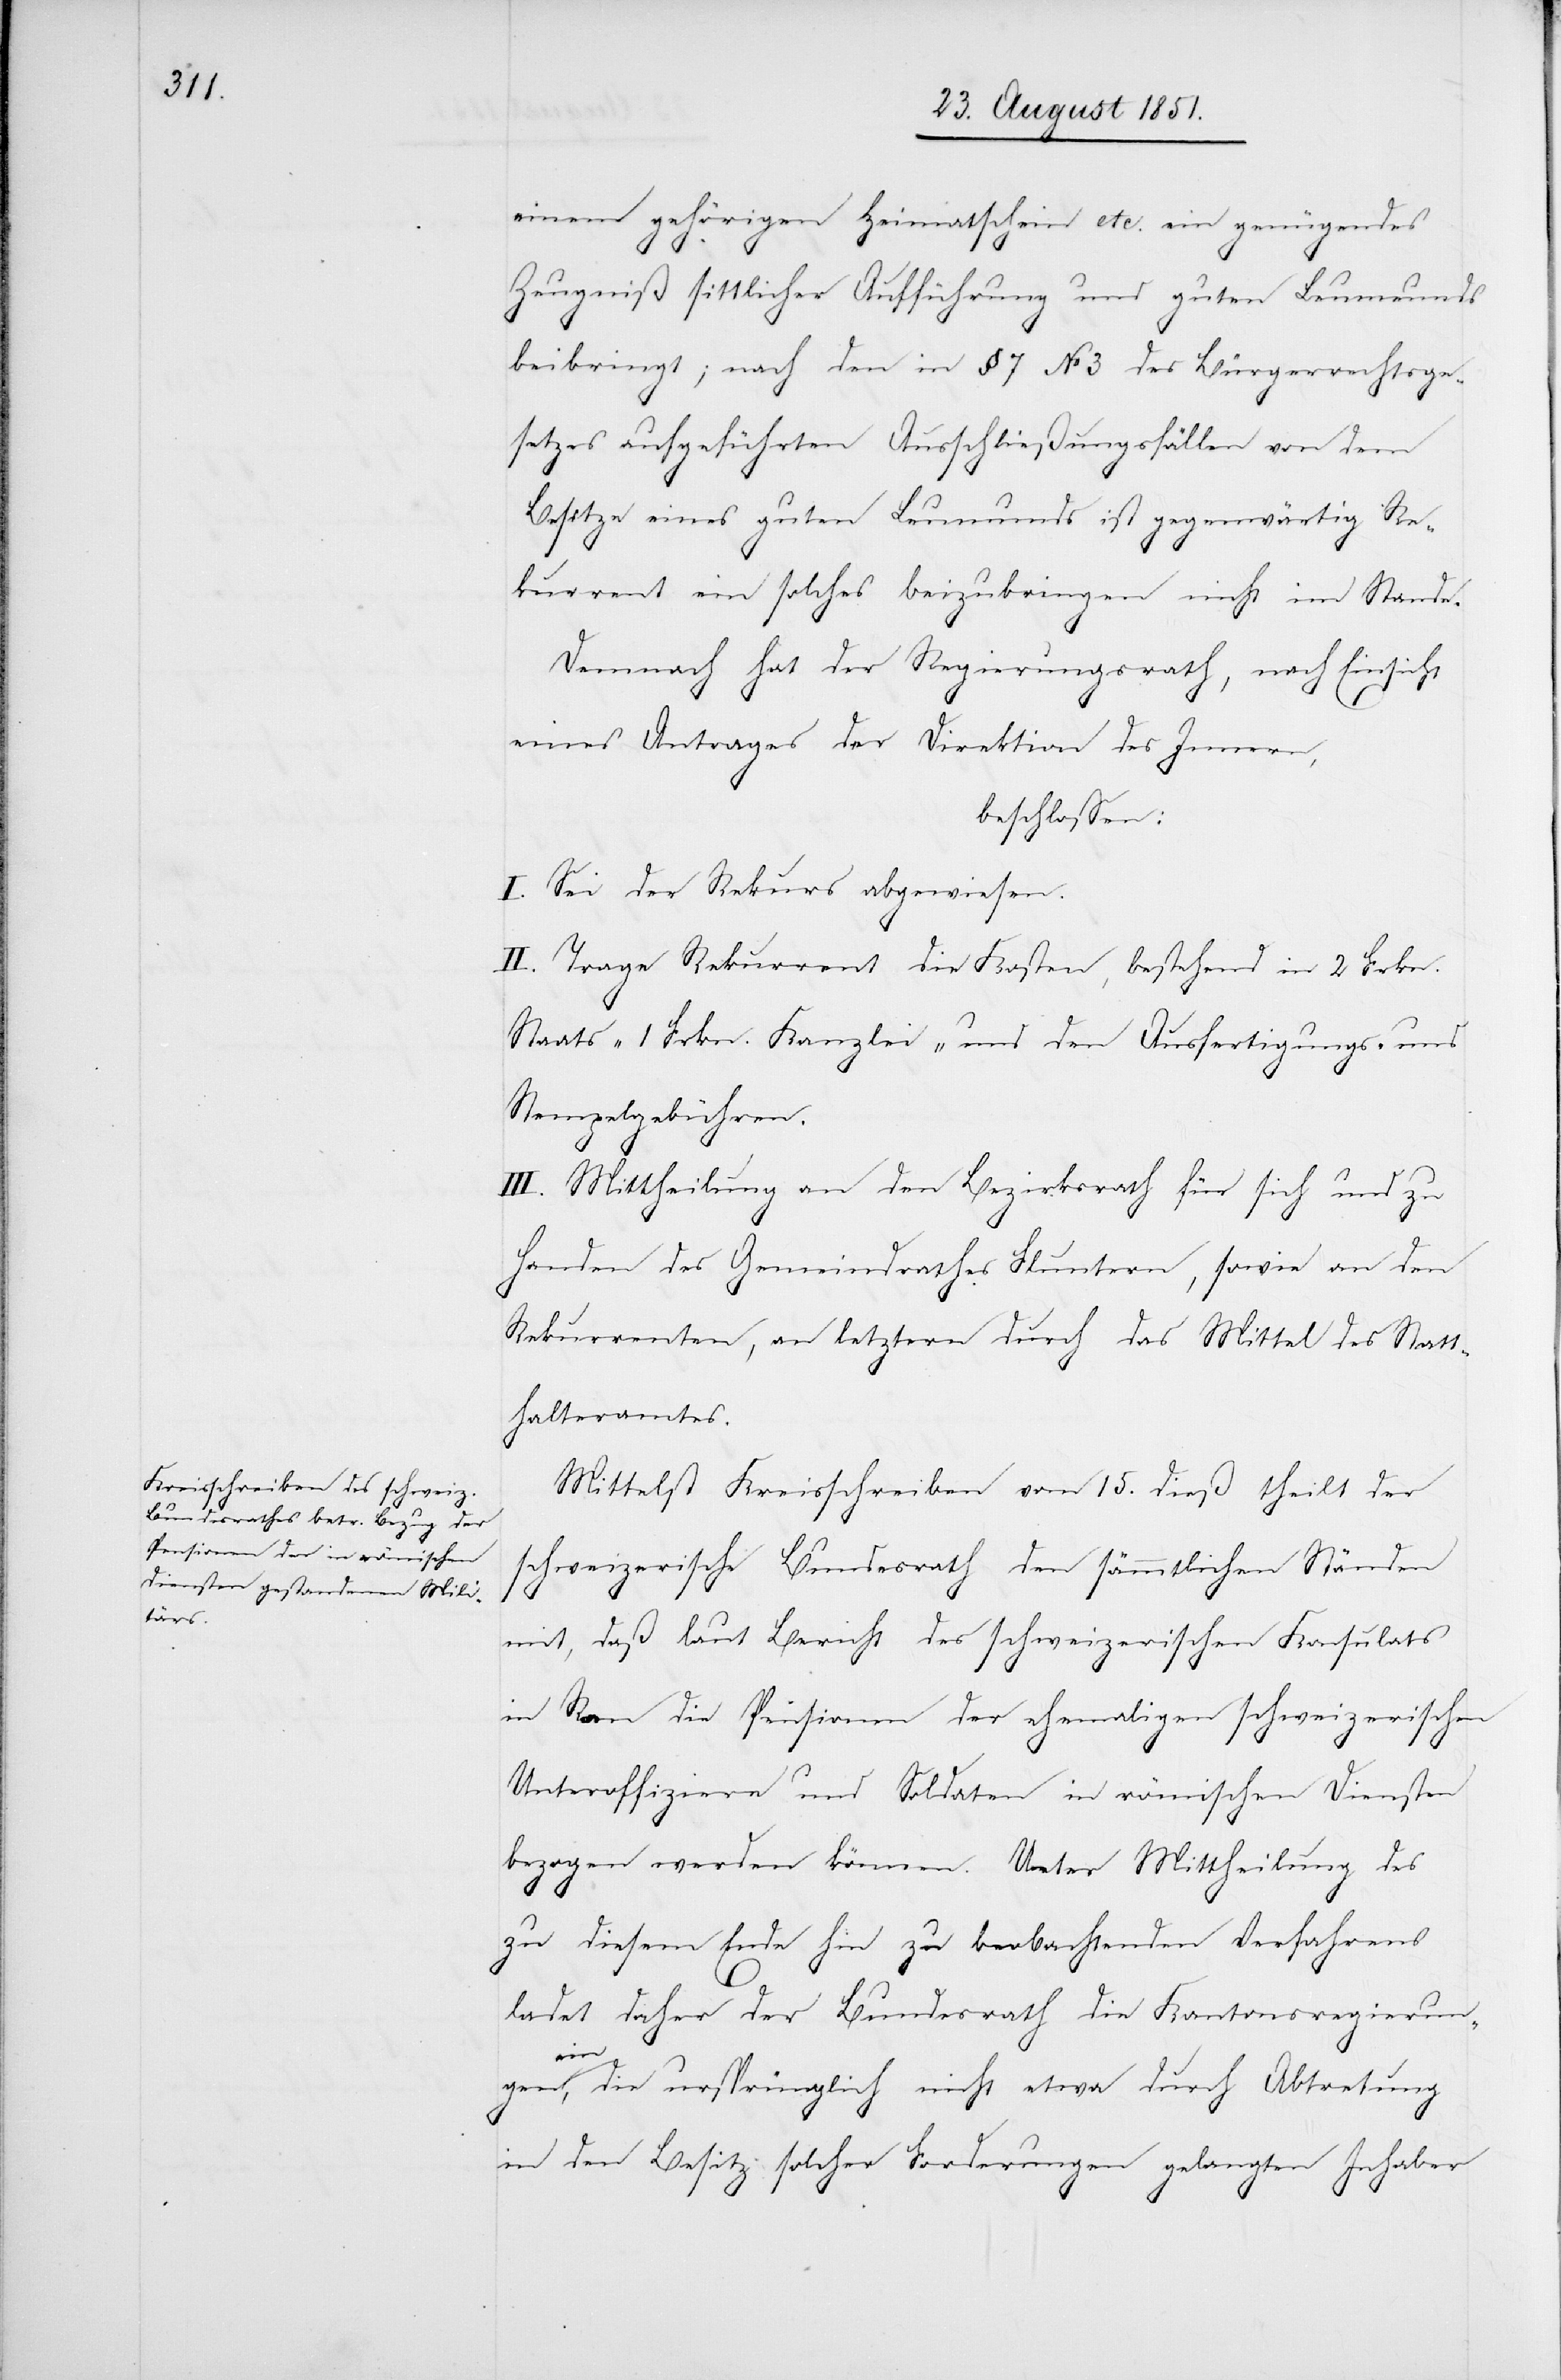
einem gehörigen Heimatschein etc. ein genügendes
Zeugniß sittlicher Aufführung und guten Leumeunds
beibringt; nach den in § 7 No 3 des Bürgerrechtsge¬
setzes aufgeführten Ausschließungsfällen von dem
Besitze eines guten Leumunds ist gegenwärtig Re¬
kurrent ein solches beizubringen nicht im Stande.
Demnach hat der Regierungsrath, nach Einsicht
eines Antrages der Direktion des Innern,
beschlossen:
I. Sei der Rekurs abgewiesen.
II. Trage Rekurrent die Kosten, bestehend in 2 Frkn.
Staats-[,] 1 Frkn. Kanzlei- und den Ausfertigungs- und
Stempelgebühren.
III. Mittheilung an den Bezirksrath für sich und zu
Handen des Gemeindrathes Fluntern, sowie an den
Rekurrenten, an letztern durch das Mittel des Statt¬
halteramtes.
Mittelst Kreisschreiben vom 15. dieß theilt der
schweizerische Bundesrath den sämmtlichen Ständen
mit, daß laut Bericht des schweizerischen Konsulats
in Rom die Pensionen der ehemaligen schweizerischen
Unteroffiziere und Soldaten in römischen Diensten
bezogen werden können. Unter Mittheilung des
zu diesem Ende hin zu beobachtenden Verfahrens
ladet daher der Bundesrath die Kantonsregierun¬
gen
ein, die ursprünglich nicht etwa durch Abtretung
in den Besitz solcher Forderungen gelangten Inhaber